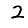
Digit: 2